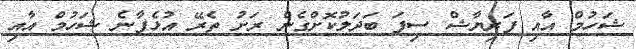
ޝަހުމް އާއި ފަރިޔާޝް ސިފަ ބަދަލުކޮށްގެން ރަށު ތެރޭ އުޅެފާނެ ޝަހުމް އާއި